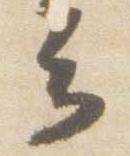
云